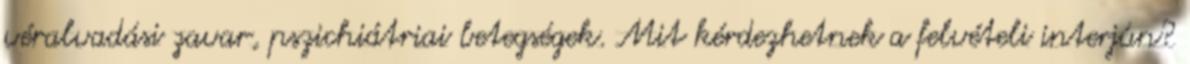
véralvadási zavar, pszichiátriai betegségek. Mit kérdezhetnek a felvételi interjún?